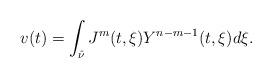
LaTeX: \begin{align*}v(t)=\int_{\hat\nu}J^m(t,\xi)Y^{n-m-1}(t,\xi) d\xi.\end{align*}